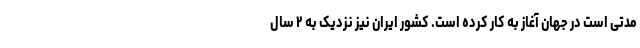
مدتی است در جهان آغاز به کار کرده است. کشور ایران نیز نزدیک به ۲ سال